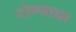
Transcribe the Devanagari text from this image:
रोग्याचा